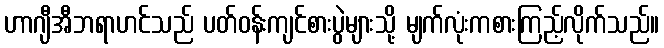
ဟာဂျီအီဘရာဟင်သည် ပတ်ဝန်းကျင်စားပွဲများသို့ မျက်လုံးကစားကြည့်လိုက်သည်။